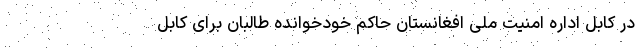
در کابل اداره امنیت ملی افغانستان حاکم خودخوانده طالبان برای کابل